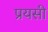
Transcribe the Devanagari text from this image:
प्रयसी